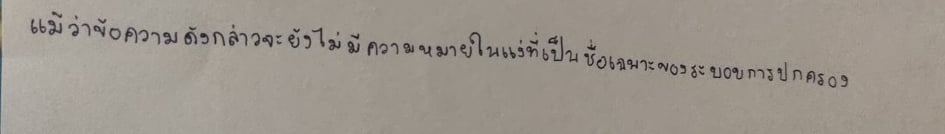
แม้ว่าข้อความดังกล่าวจะยังไม่มีความหมายในแง่ที่เป็นชื่อเฉพาะของระบอบการปกครอง